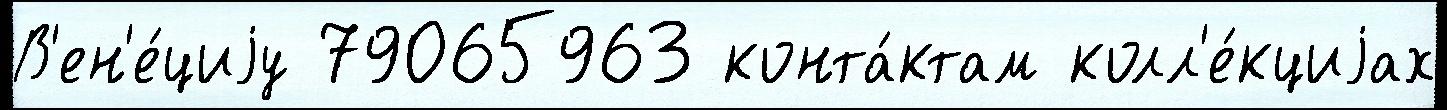
В'ен'е́циjу 79065963 конта́ктам колл'е́кциjах